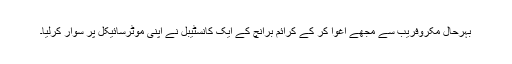
بہرحال مکروفریب سے مجھے اغوا کر کے کرائم برانچ کے ایک کانسٹیبل نے اپنی موٹرسائیکل پر سوار کرلیا۔